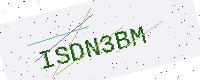
Text: ISDN3BM